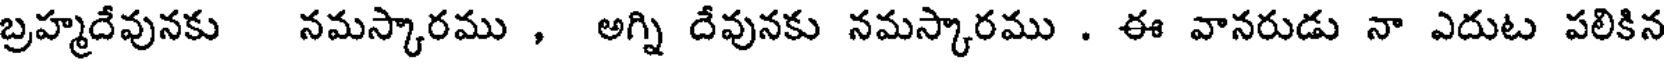
బ్రహ్మదేవునకు నమస్కారము , అగ్ని దేవునకు నమస్కారము . ఈ వానరుడు నా ఎదుట పలికిన